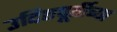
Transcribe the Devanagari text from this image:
उद्दिष्टपूर्तीच्या